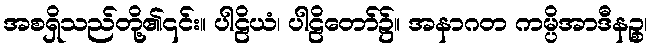
အစရှိသည်တို့၏၎င်း။ ပါဠိယံ၊ ပါဠိတော်၌။ အနာဂတ ကမ္ပိအာဒီနဉ္စ၊